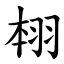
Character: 翉